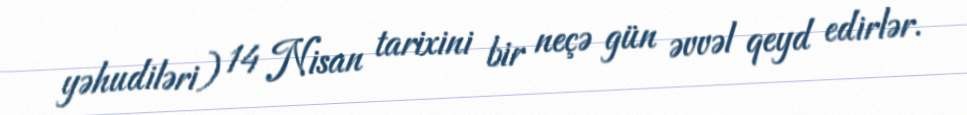
yəhudiləri) 14 Nisan tarixini bir neçə gün əvvəl qeyd edirlər.